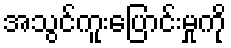
အသွင်ကူးပြောင်းမှုကို